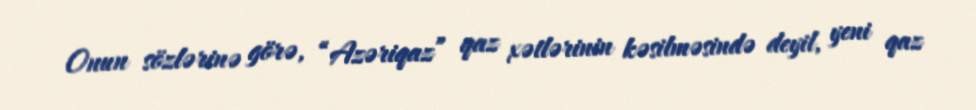
Onun sözlərinə görə, “Azəriqaz” qaz xətlərinin kəsilməsində deyil, yeni qaz